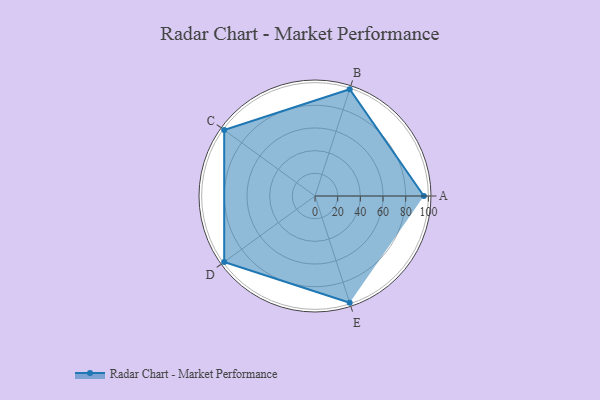
{"axis": {"x": "Skill", "y": "Score"}, "legend": ["Profile"], "data": [{"x": "A", "y": 96.0, "type": "Profile"}, {"x": "B", "y": 99.0, "type": "Profile"}, {"x": "C", "y": 99, "type": "Profile"}, {"x": "D", "y": 99, "type": "Profile"}, {"x": "E", "y": 99, "type": "Profile"}]}